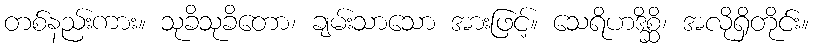
တစ်နည်းကား။ သုခိသုခိတော၊ ချမ်းသာသော အားဖြင့်။ သေရိဟဒိစ္ဆိ၊ အလိုရှိတိုင်း။